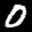
Label: 0